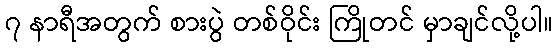
၇ နာရီအတွက် စားပွဲ တစ်ဝိုင်း ကြိုတင် မှာချင်လို့ပါ။